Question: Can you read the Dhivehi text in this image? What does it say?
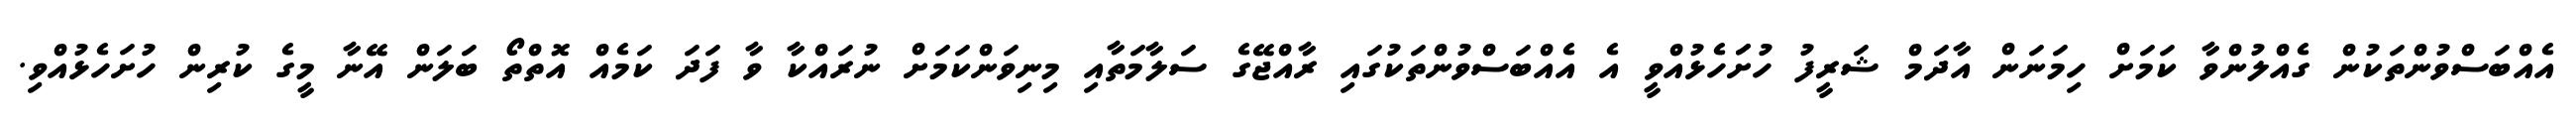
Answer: އެއްބަސްވުންތަކުން ގެއްލުންވާ ކަމަށް ހިމަނަން އާދަމް ޝަރީފު ހުށަަހެޅުއްވީ އެ އެއްބަސްވުންތަކުގައި ރާއްޖޭގެ ސަލާމަތާއި މިނިވަންކަމަށް ނުރައްކާ ވާ ފަދަ ކަމެއް އޮތްތޯ ބަލަން އޭނާ މީގެ ކުރިން ހުށަހެޅުއްވި.